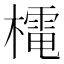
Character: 𭬋